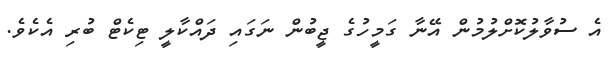
އެ ސުވާލުކޮށްލުމުން އޭނާ ގަމީހުގެ ޖީބުން ނަގައި ދައްކާލީ ޓިކެޓް ބުރި އެކެވެ.